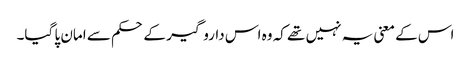
اس کے معنی یہ نہیں تھے کہ وہ اس داروگیر کے حکم سے امان پا گیا۔